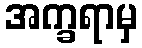
အက္ခရာမှ